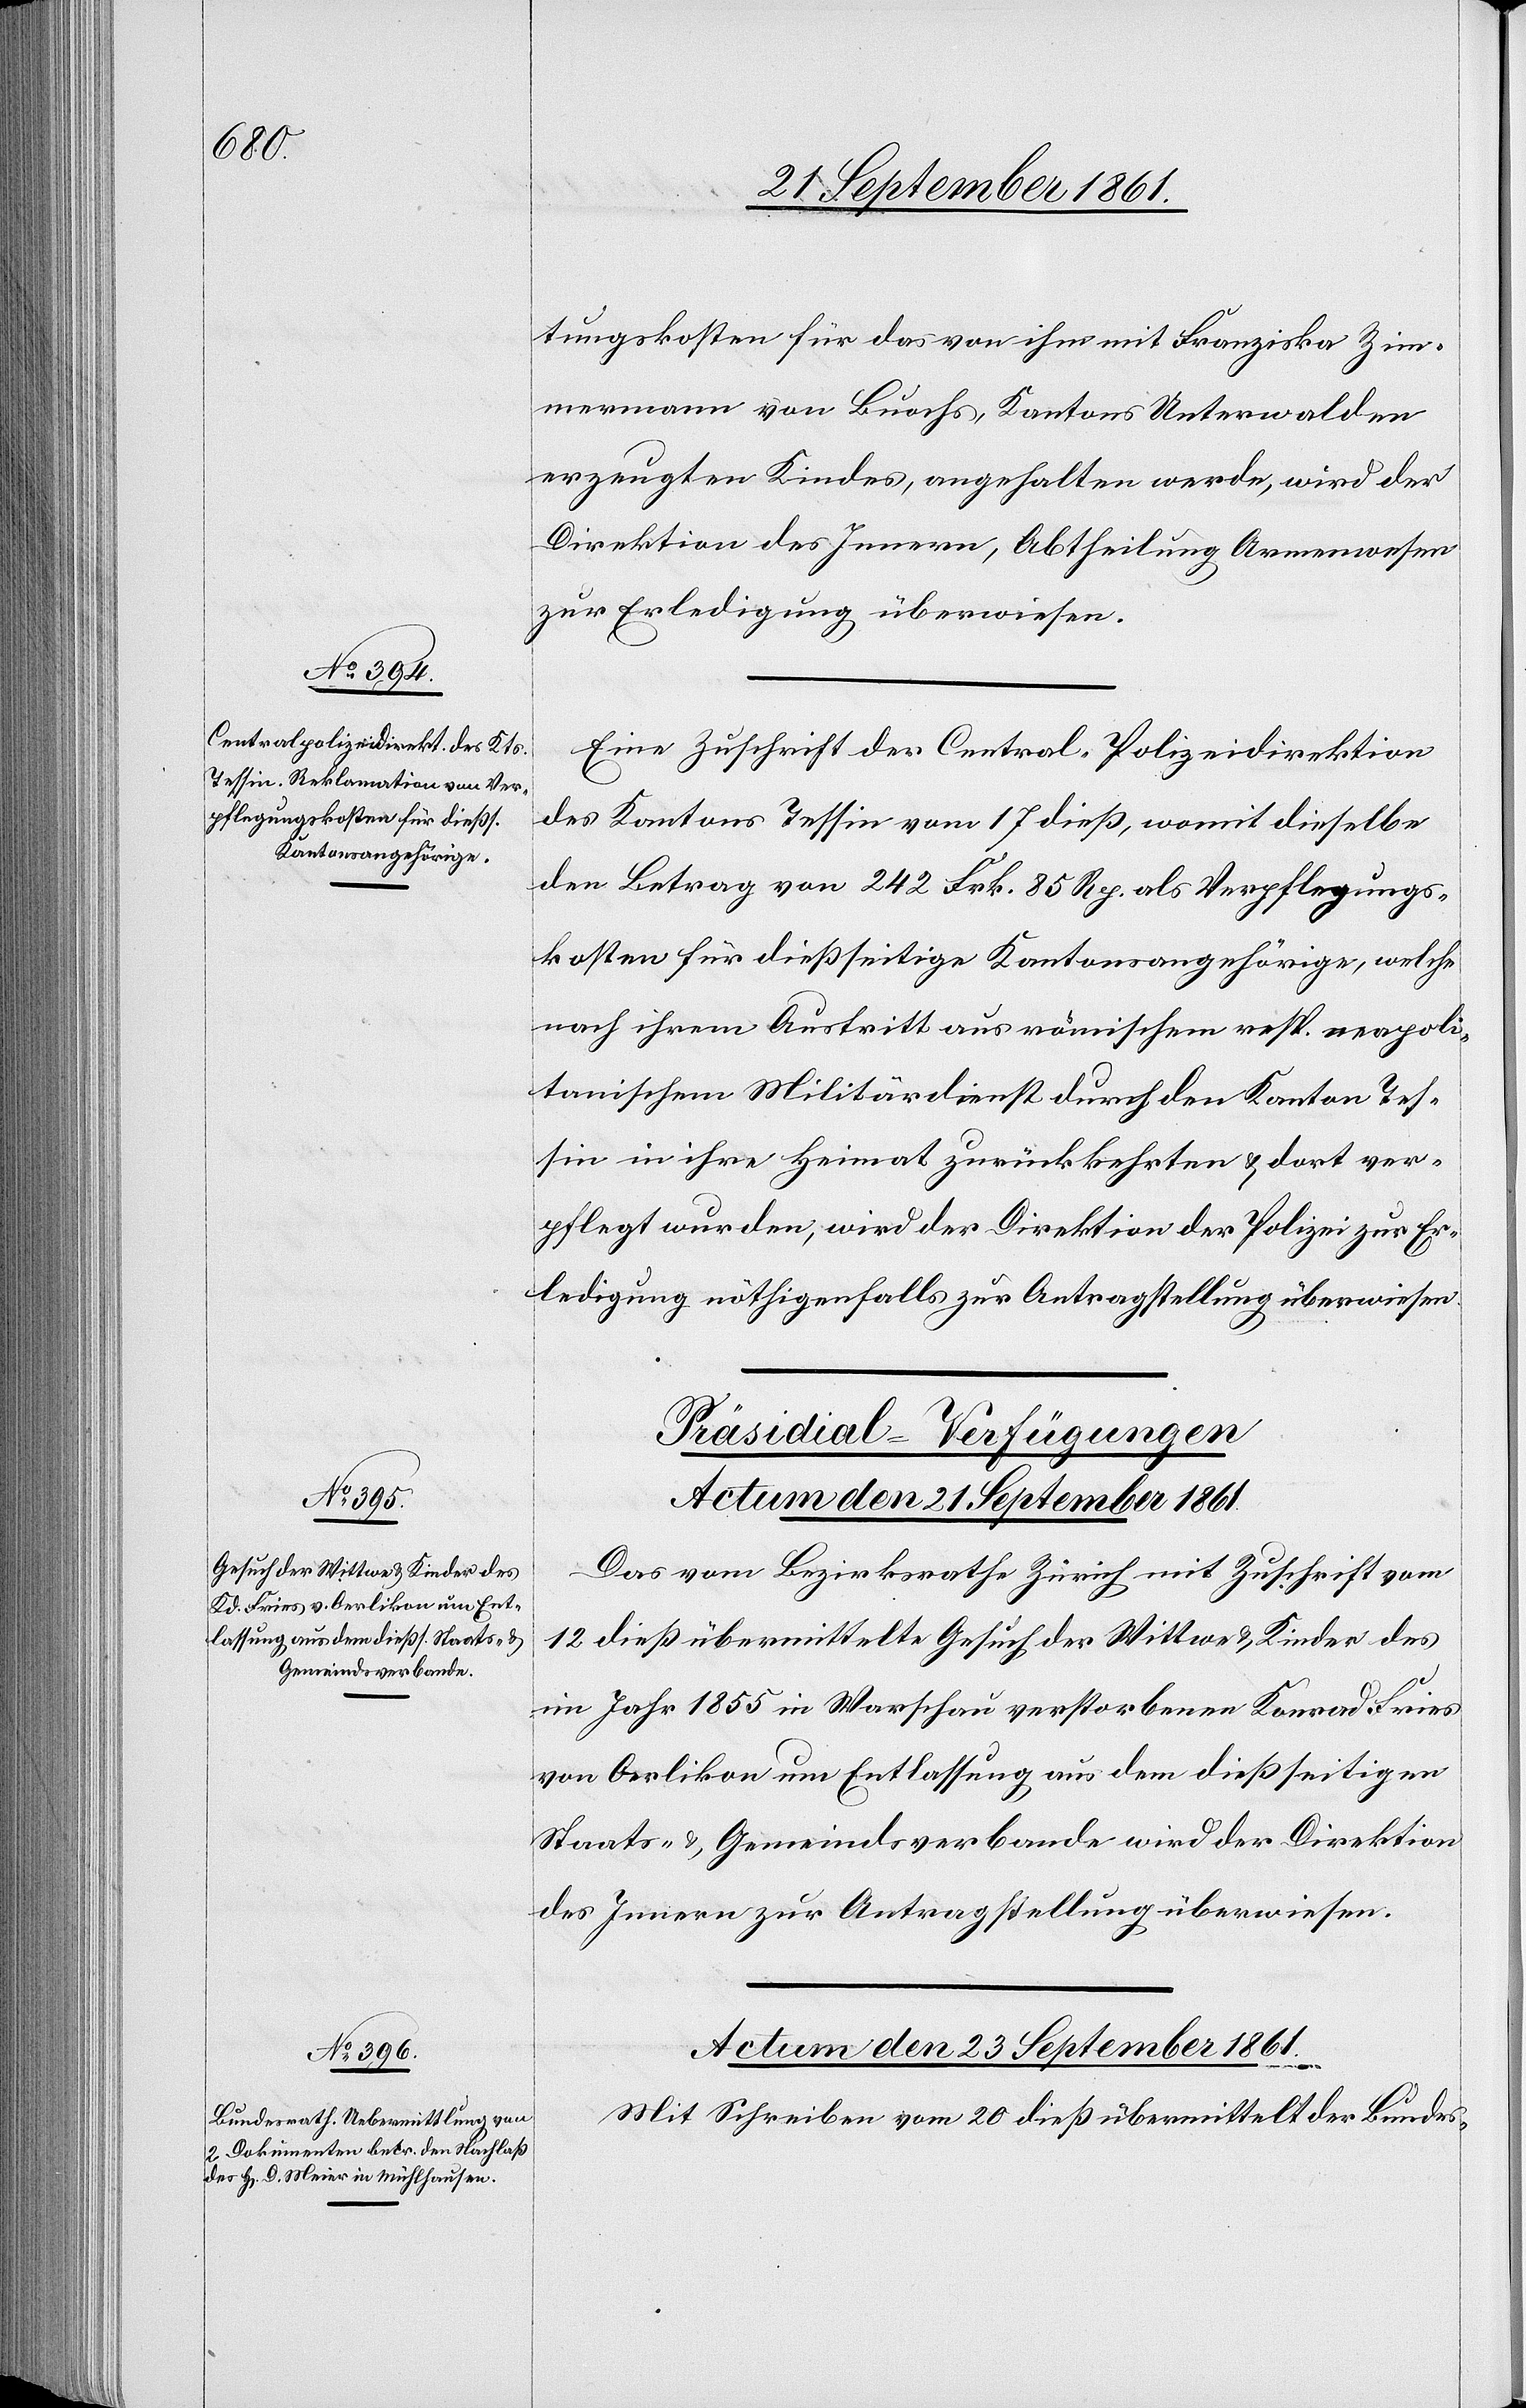
tungskosten für das von ihm mit Franziska Zim¬
mermann von Buochs, Kantons Unterwalden
erzeugten Kindes, angehalten werde, wird der
Direktion des Innern, Abtheilung Armenwesen
zur Erledigung überwiesen.
Eine Zuschrift der Central-Polizeidirektion
des Kantons Tessin vom 17 dieß, womit dieselbe
den Betrag von 242 Frk. 85 Rp. als Verpflegungs¬
kosten für dießseitige Kantonsangehörige, welche
nach ihrem Austritt aus römischen resp. neapoli¬
tanischen Militärdienst durch den Kanton Tes¬
sin in ihre Heimat zurückkehrten u. dort ver¬
pflegt wurden, wird der Direktion der Polizei zur Er¬
ledigung nöthigenfalls zur Antragstellung überwiesen.
[Präsidial-Verfügungen]
Actum den 23 September 1861.
Das vom Bezirksrathe Zürich mit Zuschrift vom
12 dieß übermittelte Gesuch der Wittwe u. Kinder des
im Jahr 1855 in Warschau verstorbenen Konrad Fries
von Oerlikon um Entlassung aus dem dießseitigen
Staats- u. Gemeindsverbande wird der Direktion
des Innern zur Antragstellung überwiesen.
Mit Schreiben vom 20 dieß übermittelt der Bundes-